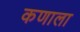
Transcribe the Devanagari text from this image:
कणाला